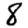
Digit: 8